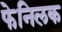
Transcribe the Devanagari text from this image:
फेनिलक